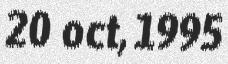
20 oct, 1995